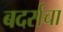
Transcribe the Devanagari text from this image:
बदर्सचा